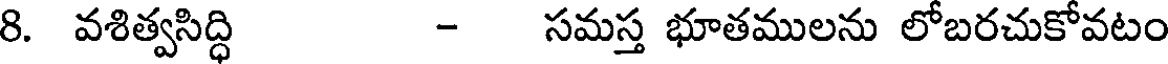
8. వశిత్వసిద్ధి - సమస్త భూతములను లోబరచుకోవటం